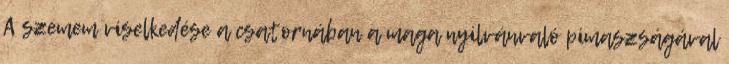
A szemem viselkedése a csatornában a maga nyilvánvaló pimaszságával